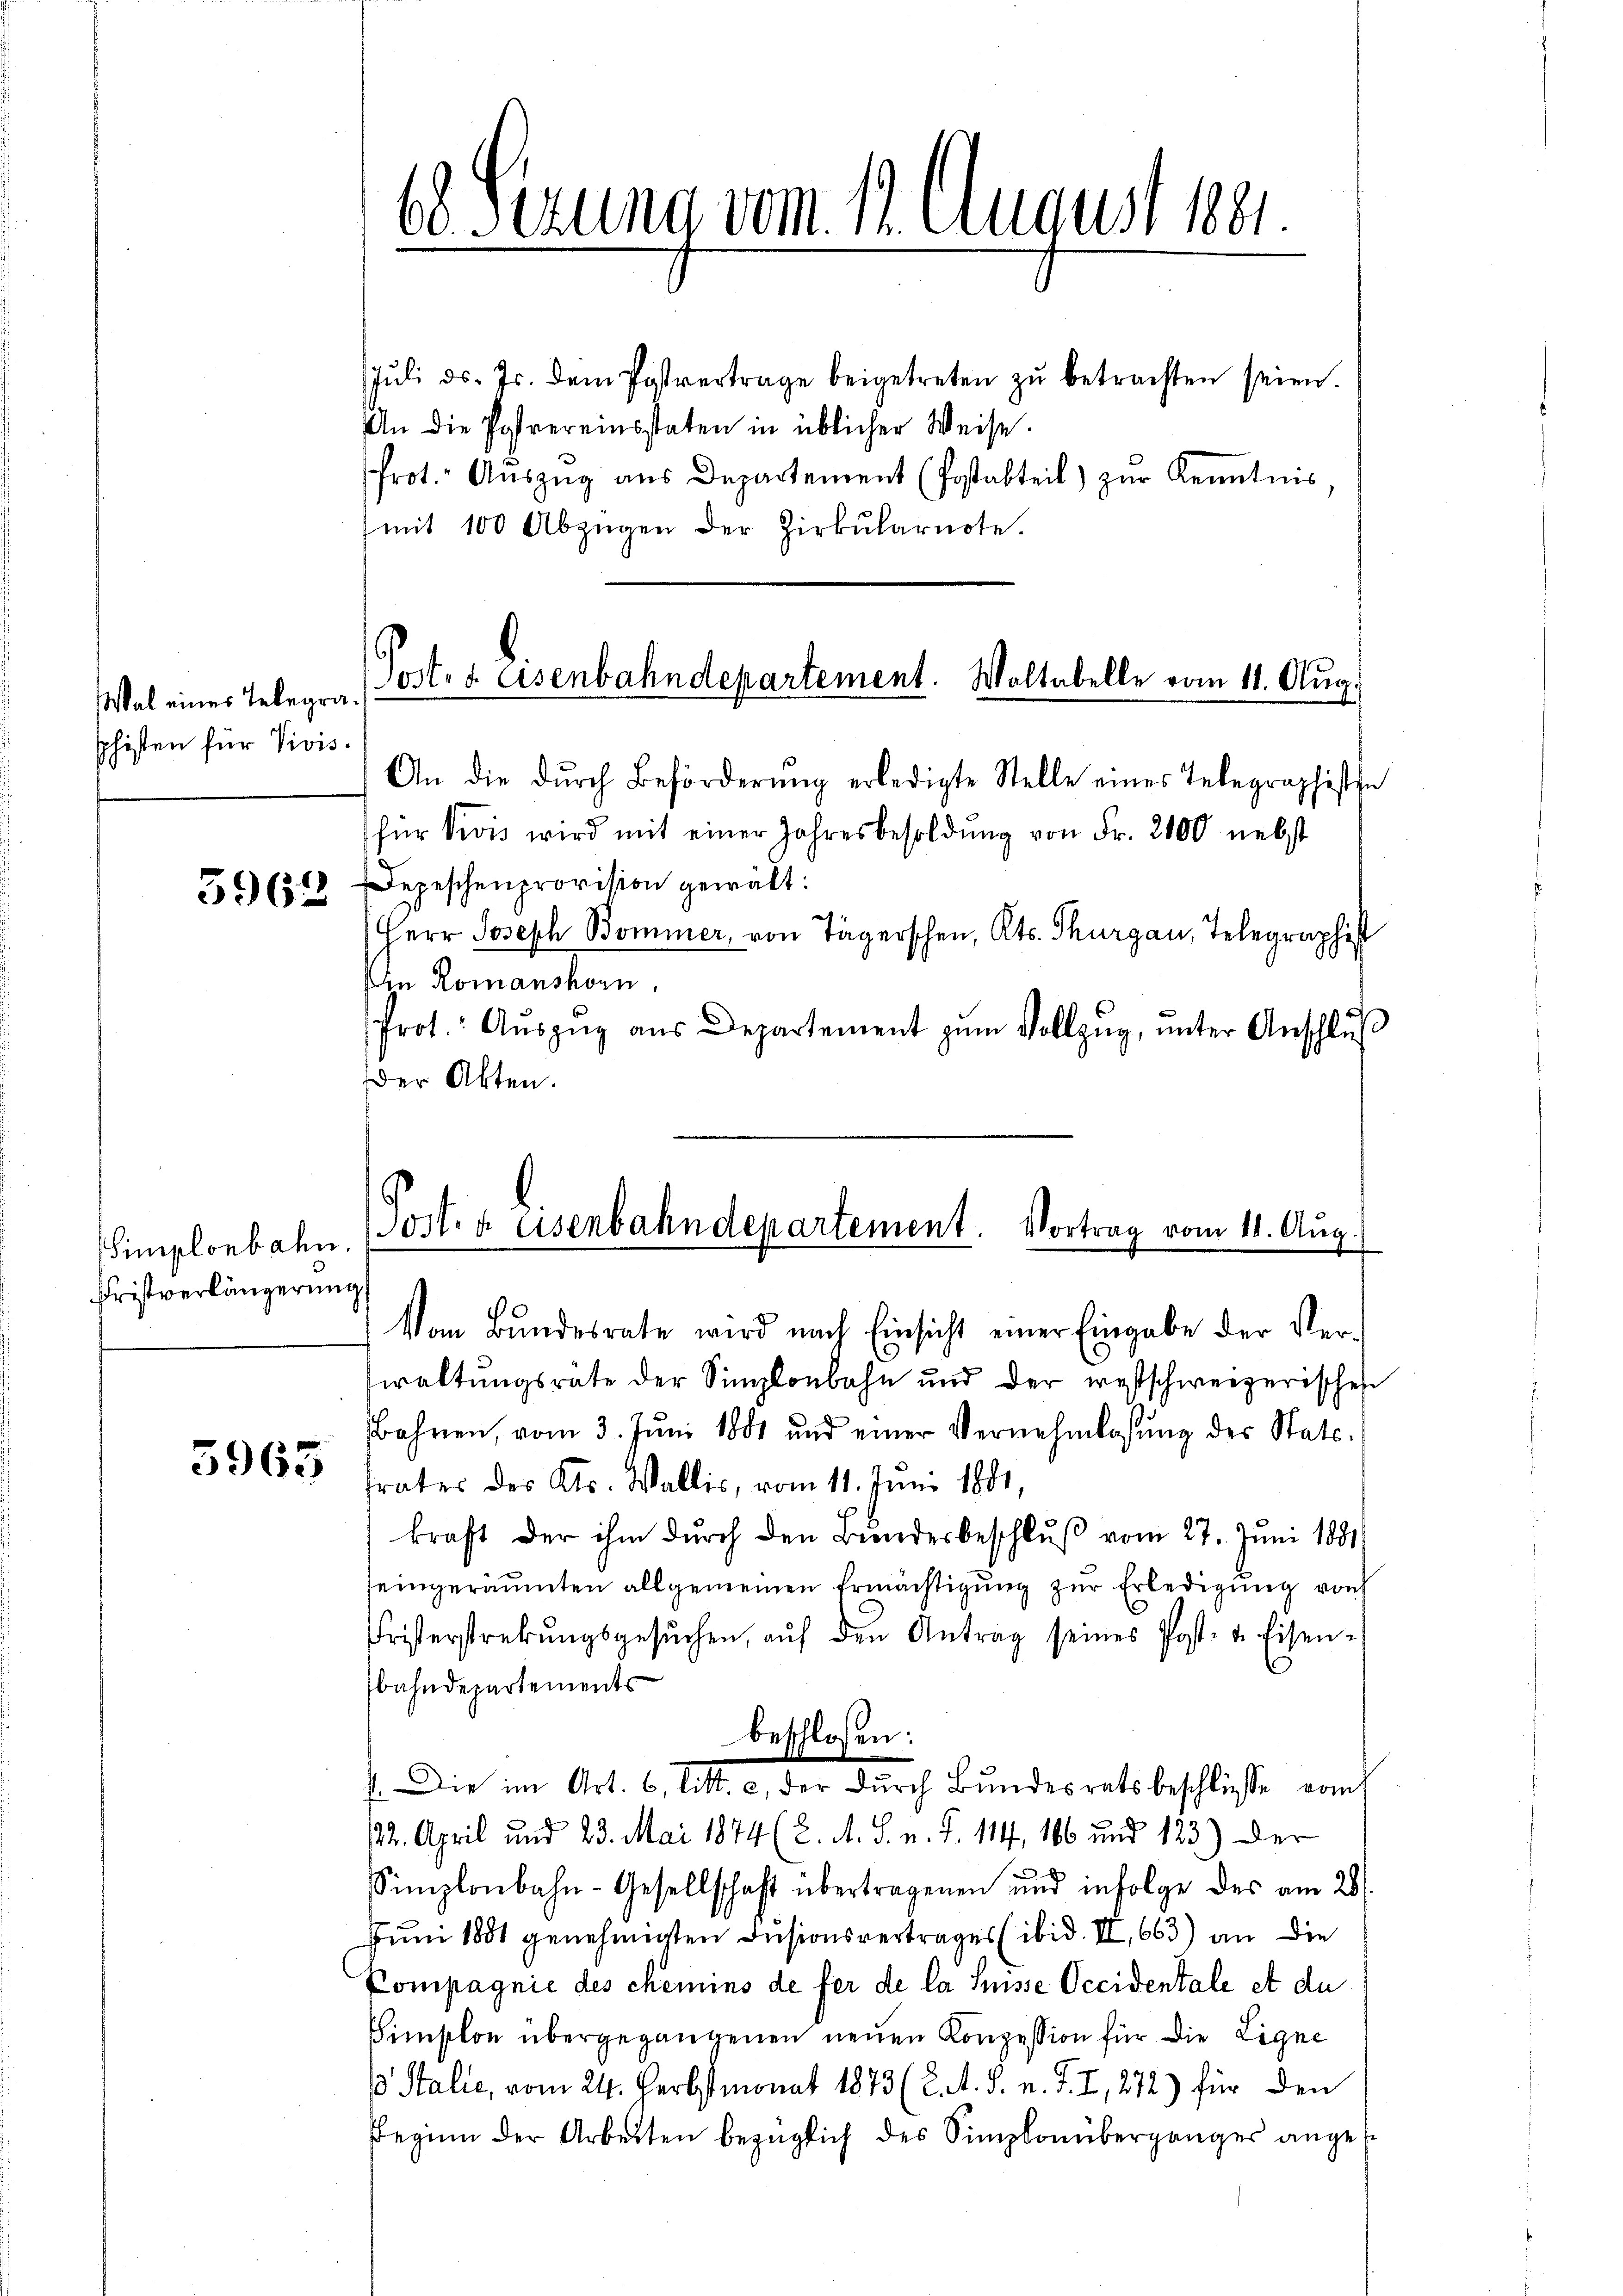
Wal eines Telegraphisten für Vivis.

5963

Simplonbahn.
Fristverlängerung,

5963

Jŭli d. Js. dem Postvertrage beigetreten zŭ betrachten seien.
An die Jahrereinsstaten in üblicher Weise.
Prot. Aŭszŭg ans Departement (Postabteil) zŭr Kenntnis.
mit 100 Abzügen der Zirkŭlarnote.

68 Sezung vom 12. August 1881.

Poster Eisenbahndepartement. Waltabelle vom 11. Aug.

An die dŭrch Beförderŭng erledigte Stelle eines Telegraphistin
für Divis wird mit einer Jahresbesoldŭng von Fr. 2100 nebst
Depeschenprovision gewalt:
Herr Joseph Bommer, von Tägerschen, Kts. Thurgau, Telegraphist
Ein Romanshorn.
frot: Aŭszŭg aŭs Departement zŭm Vollzug, unter Anschluß
Der Akten.

Vom Bŭndesrate wird nach Einsicht einer Eingabe der Ver-
waltungsrate der Simplonbahn und der ernstschweizerischen
Bahnen, vom 3. Jŭni 1881 und einer Vernehmlassŭng des Stats-
trates des Kts. Wallis, vom 11. Juni 1881
kraft der ihm durch den Bundesbeschluß vom 27. Juni 1881
seingeräumten allgemeinen Ermächtigung zur Erledigung von
Fristerstrebŭngsgesŭchen, aŭf den Antrag seines Post- u. Eisen-
bahndepartements
beschlossen:
. Die im Art. 6, litt. c, der dŭrch Bŭndesrats beschlüsse vom
112. April und 23. Mai 1874 (8. A. S. v. J. 114, 166 und 123) Der
Simplonbahn-Gesellschaft übertragenen und infolge des am 28.
tum 1881 genehmigten Dusionsvertrages (ibid. II, 663) an die
Kompagnie des chemins de fer de la Suisse Occidentale et du
Simplon übergegangenen neuen Konzession für die Ligne
3 Stalie, vom 24. Herbstmonat 1873 (2. A. S. n. F. I, 272) für den
Beginn der Arbeiten bezüglich des Simplonübergänger ange¬

Post. a Eisenbahndepartement. Vortrag vom 11. Aug.